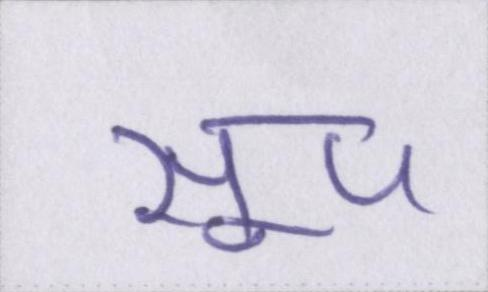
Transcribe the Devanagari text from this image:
सूप